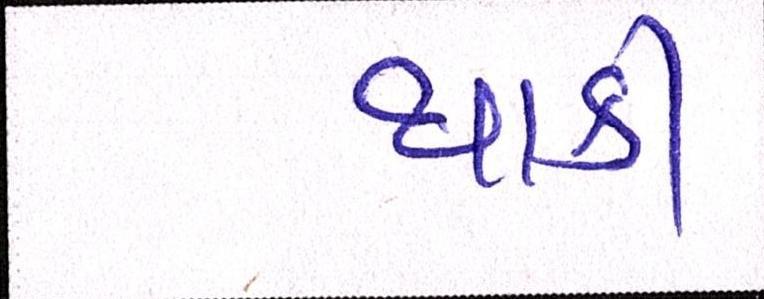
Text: થાકી